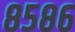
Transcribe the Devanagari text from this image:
८५८६